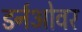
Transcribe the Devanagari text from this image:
डर्नओवर